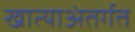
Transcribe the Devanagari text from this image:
खात्याअंतर्गत